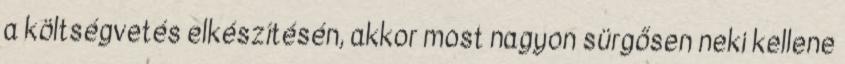
a költségvetés elkészítésén, akkor most nagyon sürgősen neki kellene